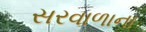
સરવાળાના